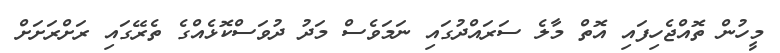
މީހުން ތޮއްޖެހިފައި އޮތް މާލެ ސަރައްދުގައި ނަމަވެސް މަދު ދުވަސްކޮޅެއްގެ ތެރޭގައި ރަށްރަށަށް